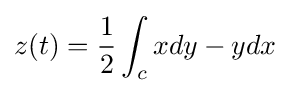
z(t)={\frac {1}{2}}\int _{c}xdy-ydx